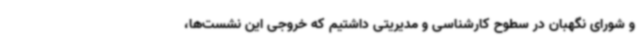
و شورای نگهبان در سطوح کارشناسی و مدیریتی داشتیم که خروجی این نشست‌ها،